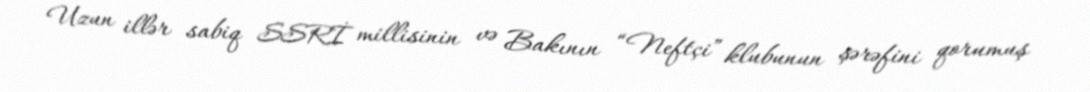
Uzun illər sabiq SSRİ millisinin və Bakının “Neftçi” klubunun şərəfini qorumuş